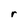
Character: r